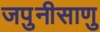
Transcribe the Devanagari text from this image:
जपुनीसाणु